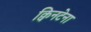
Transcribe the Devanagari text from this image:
क्विनटेना